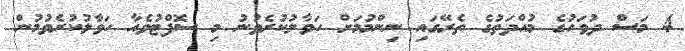
4 މަސް ދުވަހުގެ މުއްދަތުގެ ތެރޭގައި ނިންމުމަށް ހަވާލުކުރެވުނު މި ސޮފްޓުވެއާ ހަވާލުކުރެވުމުން